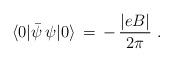
LaTeX: \begin{align*} \langle0|\bar{\psi} \, \psi|0 \rangle \, = \,-\, \frac{|eB|}{2 \pi} \,\, .\end{align*}